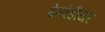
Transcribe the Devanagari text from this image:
बेल्वेडीयर